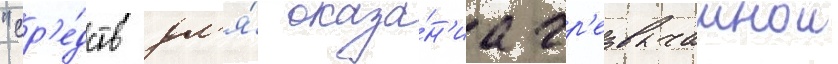
"ср'е́дств дл'я́ оказа́н'иа чр'езвычаинои